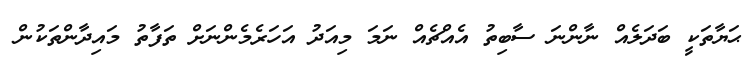
ޙަޔާތަކީ ބަދަލެއް ނާންނަ ސާބިތު އެއްޗެއް ނަމަ މިއަދު އަހަރެމެންނަށް ތަފާތު މައިދާންތަކުން